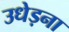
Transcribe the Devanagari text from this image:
उधेड़ना